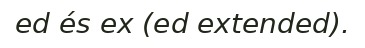
ed és ex (ed extended).